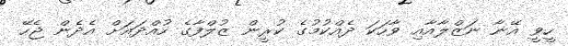
ހީވީ އޭނާ ނަޒްލާއާއި ވާހަކަ ދެއްކުމުގެ ކުރީން ޒުލްފާގެ ހުއްދައަށް އެދެން ޖެހޭ